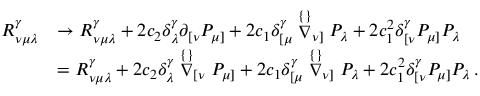
\begin{array} { r l } { R _ { \nu \mu \lambda } ^ { \gamma } } & { \rightarrow R _ { \nu \mu \lambda } ^ { \gamma } + 2 c _ { 2 } \delta _ { \lambda } ^ { \gamma } \partial _ { [ \nu } P _ { \mu ] } + 2 c _ { 1 } \delta _ { [ \mu } ^ { \gamma } \stackrel { \{ \} } { \nabla } _ { \nu ] } P _ { \lambda } + 2 c _ { 1 } ^ { 2 } \delta _ { [ \nu } ^ { \gamma } P _ { \mu ] } P _ { \lambda } } \\ & { = R _ { \nu \mu \lambda } ^ { \gamma } + 2 c _ { 2 } \delta _ { \lambda } ^ { \gamma } \stackrel { \{ \} } { \nabla } _ { [ \nu } P _ { \mu ] } + 2 c _ { 1 } \delta _ { [ \mu } ^ { \gamma } \stackrel { \{ \} } { \nabla } _ { \nu ] } P _ { \lambda } + 2 c _ { 1 } ^ { 2 } \delta _ { [ \nu } ^ { \gamma } P _ { \mu ] } P _ { \lambda } \, . } \end{array}